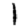
Digit: 1